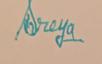
Signature authenticity: genuine